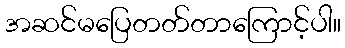
အဆင်မပြေတတ်တာကြောင့်ပါ။